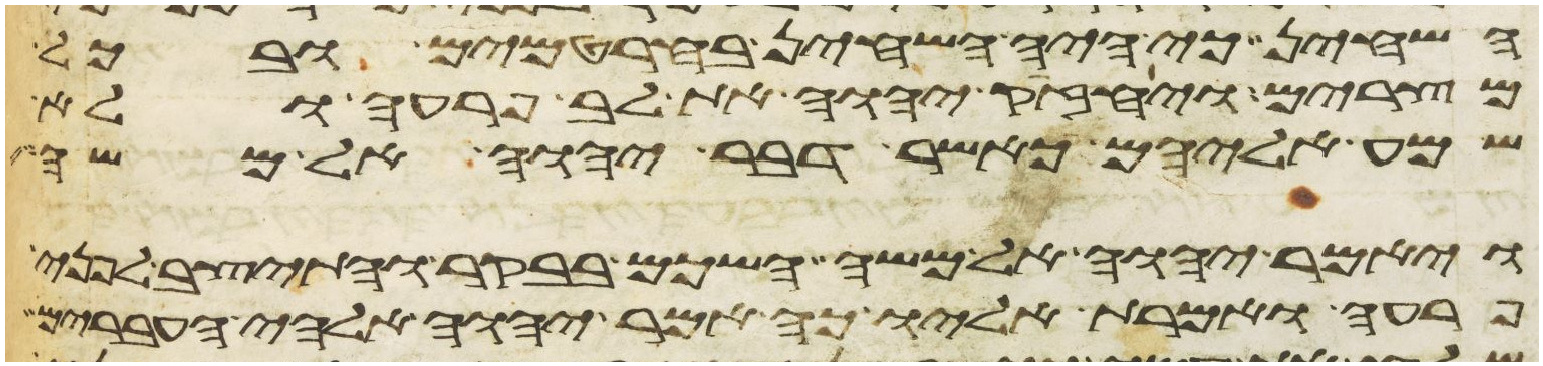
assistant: השחין כי היה השחין בחרטמים ובכל
מצרים ויחזק יהוה את לב פרעה ולא
שמע אליהם כאשר דבר יהוה אל משה
ויאמר יהוה אל משה השכם בבקר והתיצב לפני
פרעה ואמרת אליו כה אמר יהוה אלהי העברים